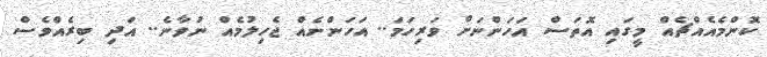
ކޮންމެއެއްޗެއް މީގައި އޮތަސް އަހަންނަށް ވަރިހަމަ.. އަހަންނެއް ޖެހިލުމެއް ނުވާނެ.. އަދި ބިރެއްވެސް